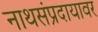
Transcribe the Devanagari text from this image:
नाथसंप्रदायावर